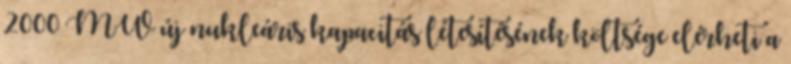
2000 MW új nukleáris kapacitás létesítésének költsége elérheti a